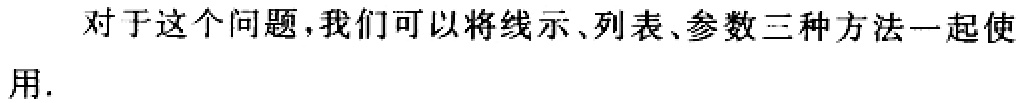
对于这个问题,我们可以将线示、列表、参数三种方法一起使用.